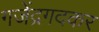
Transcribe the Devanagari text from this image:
गजेंद्रगदकर